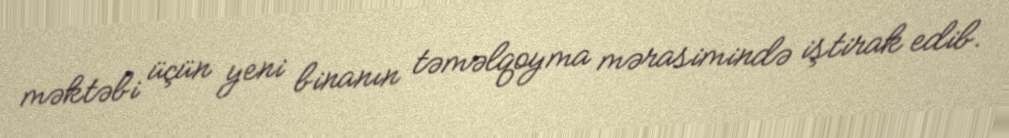
məktəbi üçün yeni binanın təməlqoyma mərasimində iştirak edib.